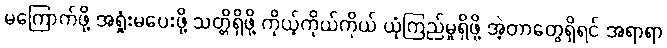
မကြောက်ဖို့ အရှုံးမပေးဖို့ သတ္တိရှိဖို့ ကိုယ့်ကိုယ်ကိုယ် ယုံကြည်မှုရှိဖို့ အဲ့တာတွေရှိရင် အရာရာ